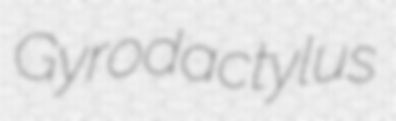
Gyrodactylus